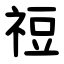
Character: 䄈